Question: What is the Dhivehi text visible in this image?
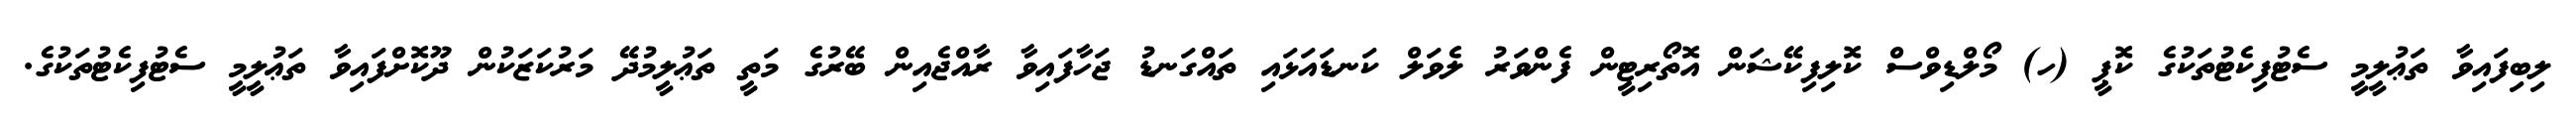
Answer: ލިބިފައިވާ ތަޢުލީމީ ސެޓުފިކެޓުތަކުގެ ކޮޕީ (ހ) މޯލްޑިވްސް ކޮލިފިކޭޝަން އޮތޯރިޓީން ފެންވަރު ލެވަލް ކަނޑައަޅައި ތައްގަނޑު ޖަހާފައިވާ ރާއްޖެއިން ބޭރުގެ މަތީ ތަޢުލީމުދޭ މަރުކަޒަކުން ދޫކޮށްފައިވާ ތަޢުލީމީ ސެޓުފިކެޓުތަކުގެ.